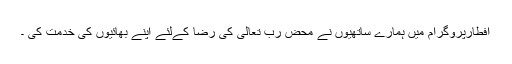
افطارپروگرام میں ہمارے ساتھیوں نے محض رب تعالیٰ کی رضا کےلئے اپنے بھائیوں کی خدمت کی ۔